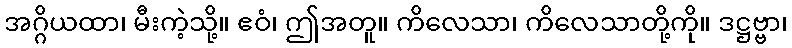
အဂ္ဂိယထာ၊ မီးကဲ့သို့။ ဧဝံ၊ ဤအတူ။ ကိလေသာ၊ ကိလေသာတို့ကို။ ဒဋ္ဌဗ္ဗာ၊